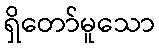
ရှိတော်မူသော